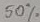
Text: 50%